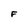
Character: F